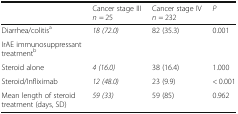
|  | Cancer stage IIIn = 25 | Cancer stage IVn = 232 | P |
 | --- | --- | --- | --- |
 | Diarrhea/colitisa | 18 (72.0) | 82 (35.3) | 0.001 |
 | IrAE immunosuppressant treatmentb |  |  |  |
 | Steroid alone | 4 (16.0) | 38 (16.4) | 1.000 |
 | Steroid/Infliximab | 12 (48.0) | 23 (9.9) | < 0.001 |
 | Mean length of steroid treatment (days, SD) | 59 (33) | 59 (85) | 0.962 |